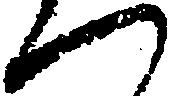
へ